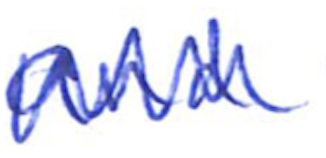
Text: and
Cross-out: mix
Writing tool: ballpoint